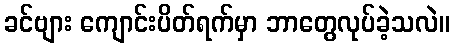
ခင်ဗျား ကျောင်းပိတ်ရက်မှာ ဘာတွေလုပ်ခဲ့သလဲ။